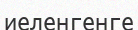
иеленгенге